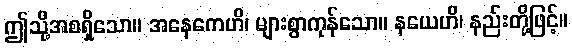
ဤသို့အစရှိသော။ အနေကေဟိ၊ များစွာကုန်သော။ နယေဟိ၊ နည်းတို့ဖြင့်။